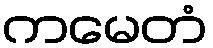
ကမေတံ